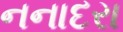
નનાદરા